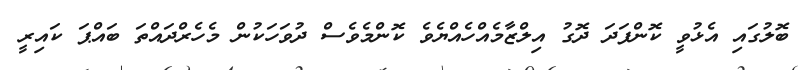
ބޮލުގައި އެޅުވީ ކޮންފަދަ ދޮގު އިލްޒާމެއްހެއްޔެވެ ކޮންމެވެސް ދުވަހަކުން މެހެރްދައްތަ ބައްޕަ ކައިރީ